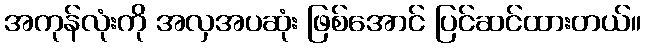
အကုန်လုံးကို အလှအပဆုံး ဖြစ်အောင် ပြင်ဆင်ထားတယ်။